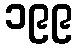
၁၉၉